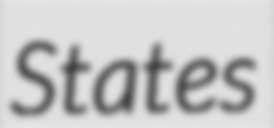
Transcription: States